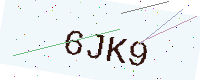
Text: 6JK9